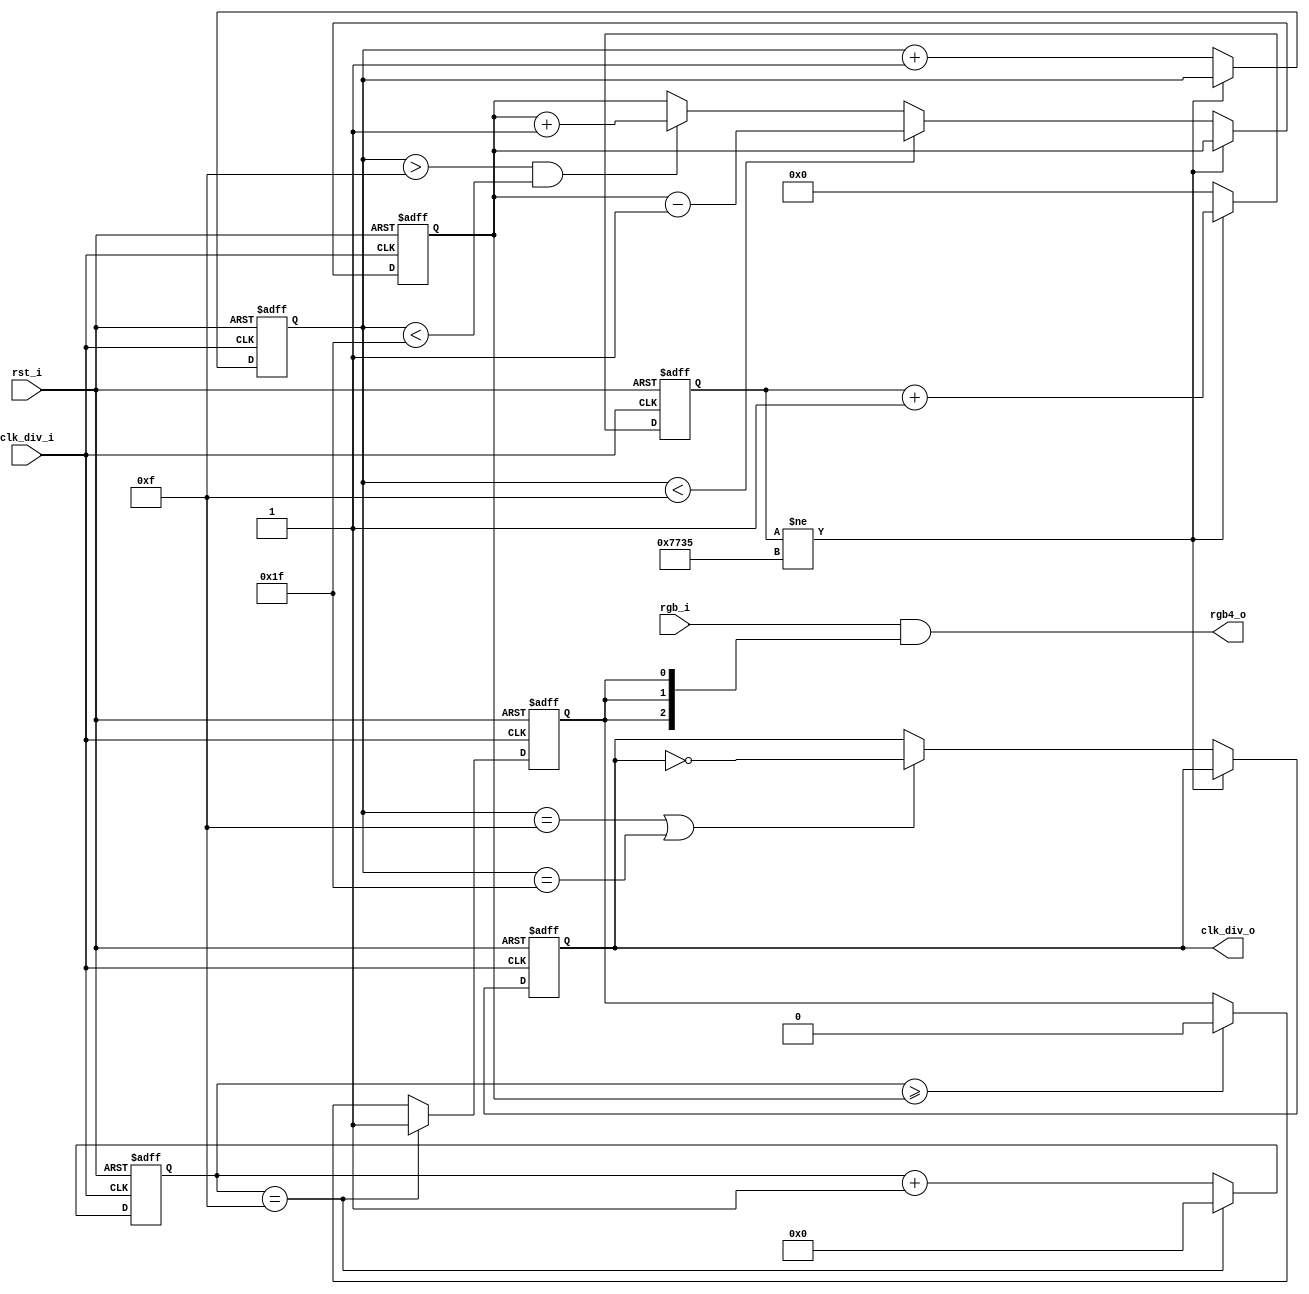
// `include "def.v"

module breather (
    input        clk_div_i,  // clk_div = 125MHz
    input        rst_i,
    input  [2:0] rgb_i,
    output [2:0] rgb4_o,
    output reg   clk_div_o
);

    reg        mask;            // determine if the light can pass
    reg [31:0] clk_cnt;         // count the current clock, reset every phase
    reg [4:0]  phase_cnt;       // count the current phase
    reg [3:0]  brightness;      // determine the current brightness (0-15)
    reg [3:0]  brightness_cnt;  // determine the mask is 1 or 0

    always @(posedge clk_div_i or posedge rst_i) begin
        
        if (rst_i == 1) begin
            clk_cnt        <= 32'd0;
            phase_cnt      <= 5'd0;
            brightness_cnt <= 4'd0;
            brightness     <= 4'd15;
            mask           <= 1;
            clk_div_o      <= 0;
        end else begin
            
            if (clk_cnt != 32'd30517) begin
                clk_cnt   <= clk_cnt + 32'd1; 
            end else begin  // 1/16 sec
                clk_cnt   <= 32'd0;
                phase_cnt <= phase_cnt + 5'd1;
                
                // control brightness, 15 for the brightest
                if (phase_cnt < 5'd15) begin
                    brightness <= brightness - 4'd1;  // dimer
                end else if (phase_cnt > 5'd15 && phase_cnt < 5'd31) begin
                    brightness <= brightness + 4'd1;  // ligher
                end else begin
                    brightness <= brightness;
                end

                // control output clock
                if (phase_cnt == 5'd15 || phase_cnt == 5'd31) begin
                    clk_div_o <= ~clk_div_o;
                end
            end
            
            // determine mask status
            if (brightness_cnt == 4'hf) begin
                mask           <= 1;
                brightness_cnt <= 4'd0;
            end else begin
                brightness_cnt <= brightness_cnt + 4'd1;
                if (brightness_cnt >= brightness) mask <= 0;
            end
        end
        
    end

    assign rgb4_o = rgb_i & {3{mask}};  // output
    
endmodule